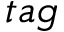
t a g